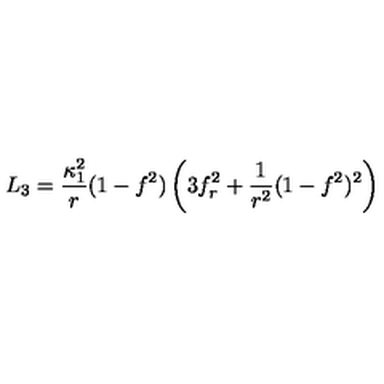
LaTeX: L _ { 3 } = \frac { \kappa _ { 1 } ^ { 2 } } { r } ( 1 - f ^ { 2 } ) \left( 3 f _ { r } ^ { 2 } + \frac { 1 } { r ^ { 2 } } ( 1 - f ^ { 2 } ) ^ { 2 } \right)